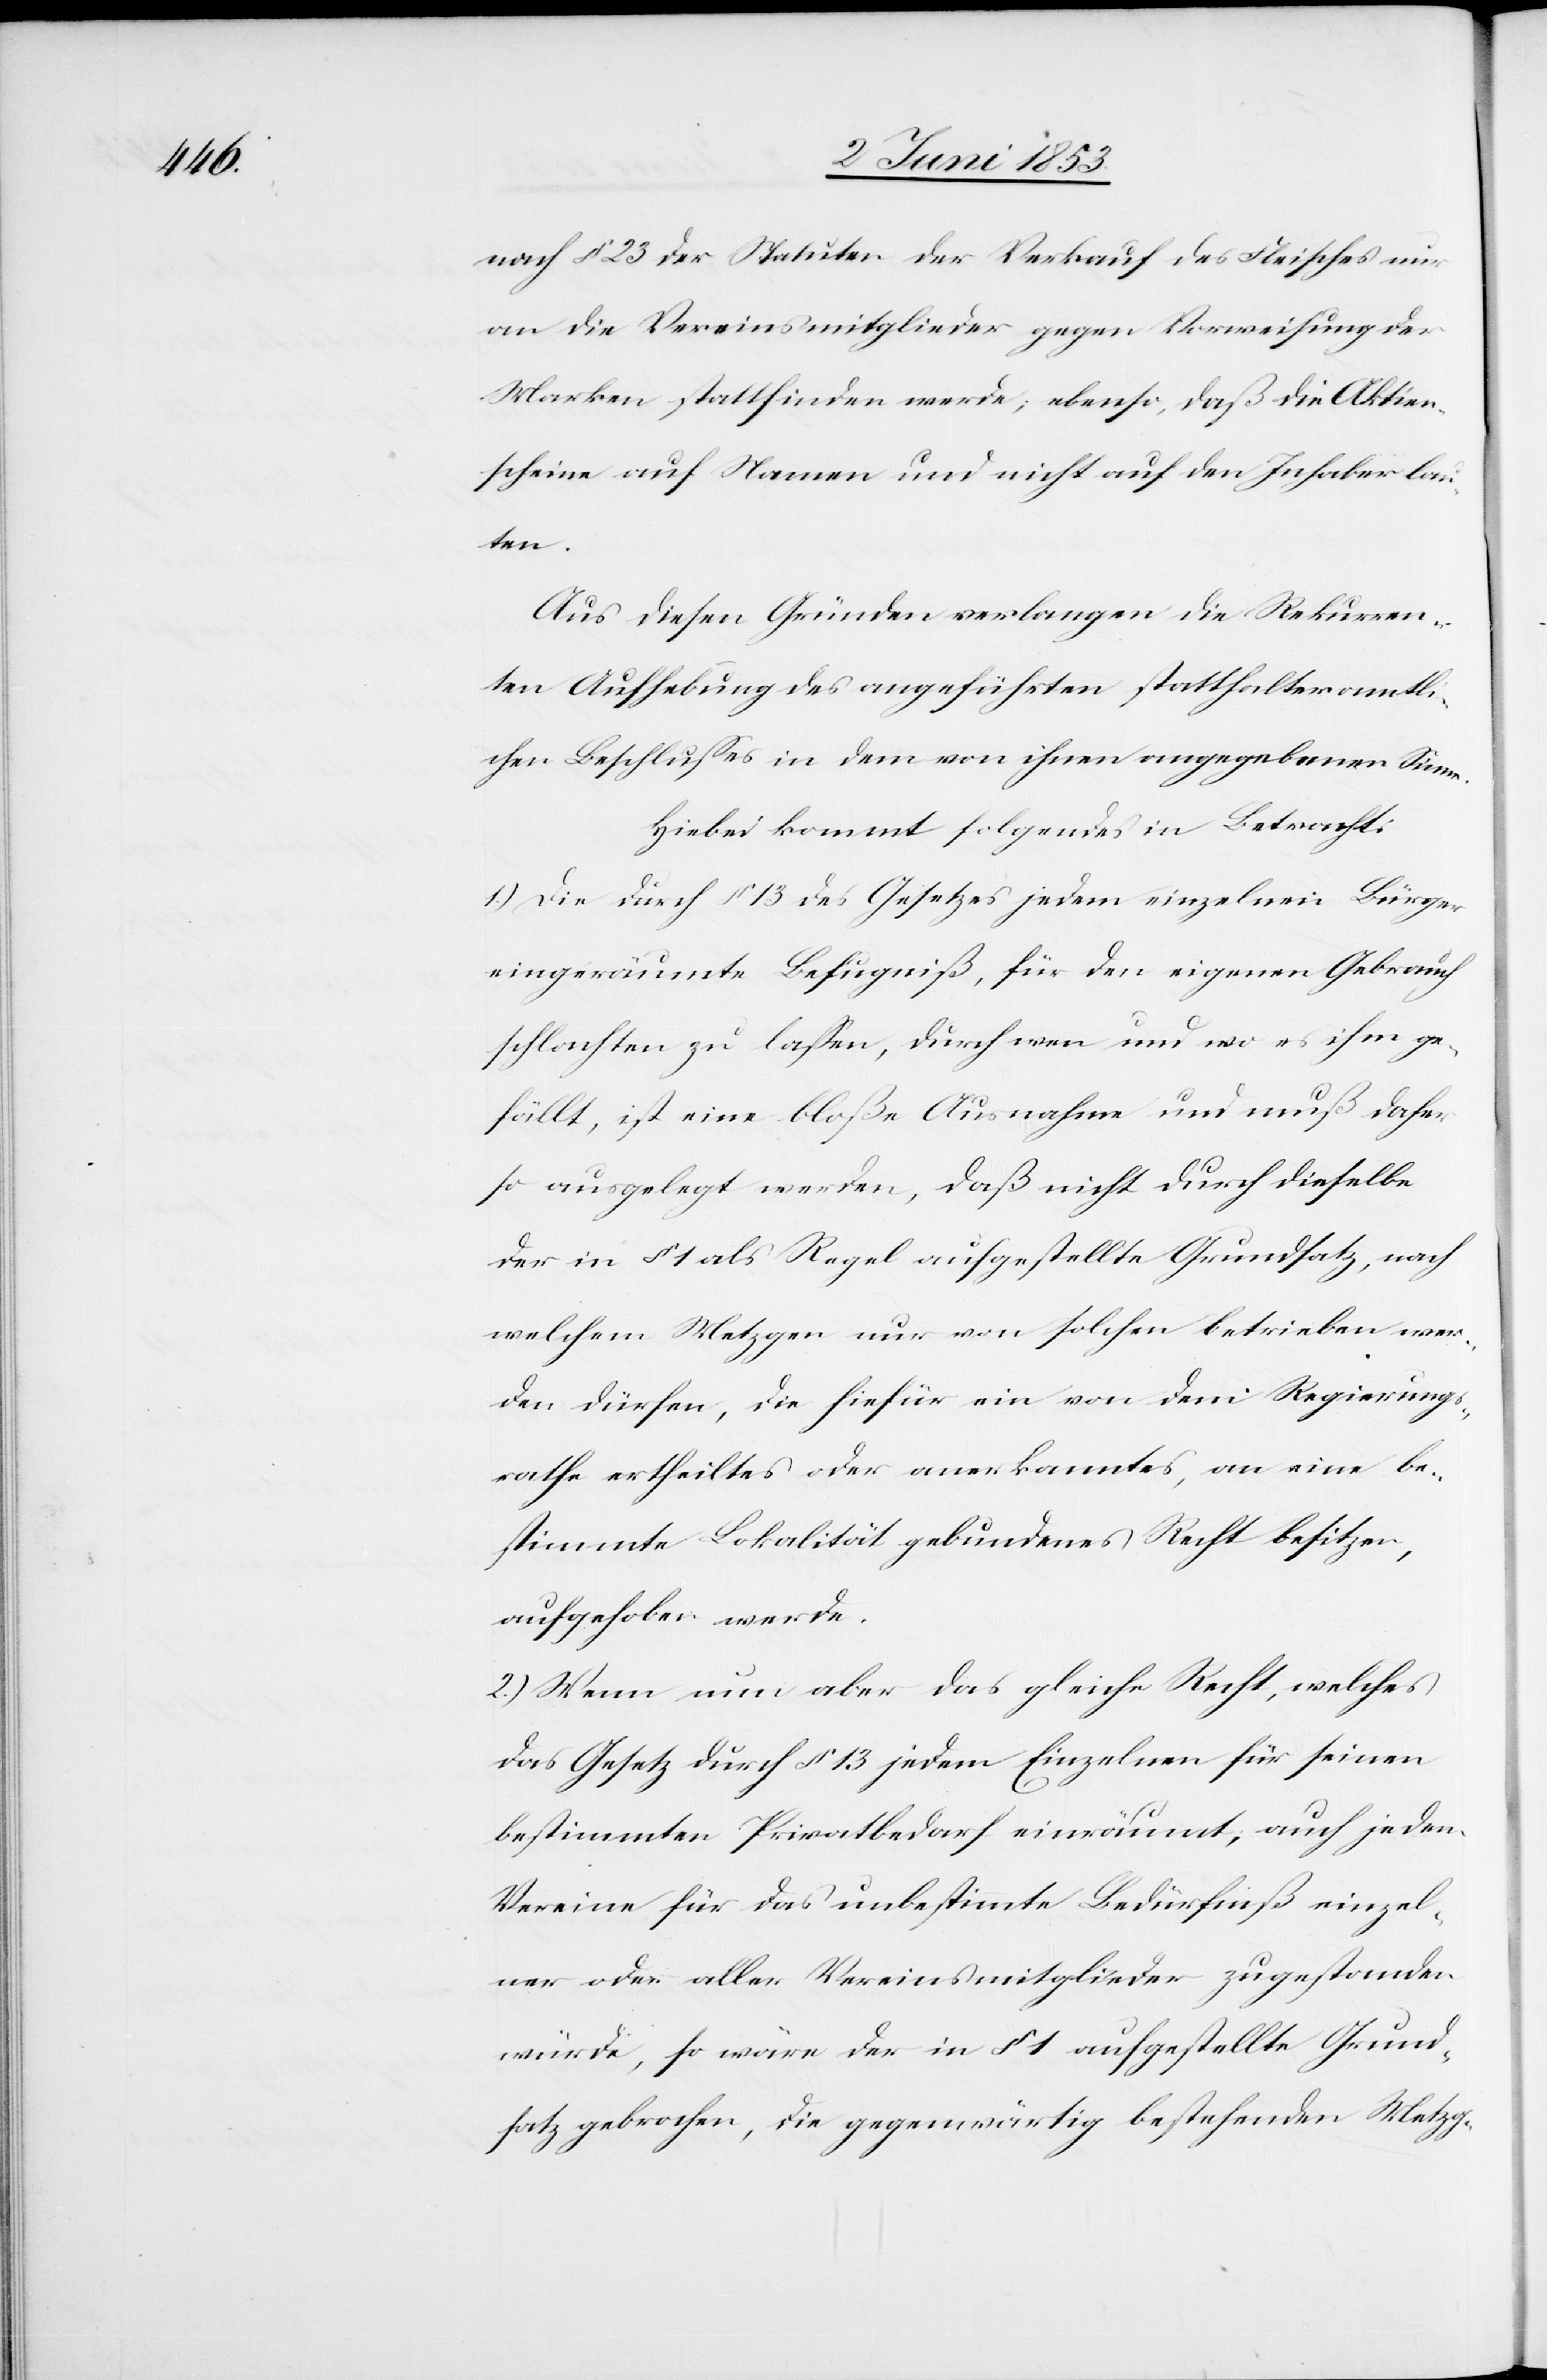
nach § 23 der Statuten der Verkauf des Fleisches nur
an die Vereinsmitglieder gegen Vorweisung der
Marken stattfinden werde; ebenso, daß die Aktien¬
schein auf Namen und nicht auf den Inhaber lau¬
ten.
Aus diesen Gründen verlangen die Rekurren¬
ten Aufhebung des angeführten statthalteramtl¬
ichen Beschlußes in dem von ihnen angegebenen Sinne.
Hiebei kommt folgendes in Betracht:
1.) Die durch § 13 des Gesetzes jedem einzelnen Bürger
eingeräumte Befugniß, für den eigenen Gebrauch
schlachten zu laßen, durch wen und wo es ihm ge¬
fällt, ist eine bloße Ausnahme und muß daher
so ausgelegt werden, daß nicht durch dieselbe
der in § 1 als Regel aufgestellte Grundsatz, nach
welchem Metzgen nur von solchen betrieben wer¬
den dürfen, die hiefür ein von dem Regierungs¬
rathe ertheiltes oder anerkanntes, an eine be¬
stimmte Lokalität gebundenes Recht besitzen,
aufgehoben werde.
2.) Wenn nun aber das gleiche Recht, welches
das Gesetz durch § 13 jedem Einzelnen für seinen
bestimmten Privatbedarf einräumt, auch jedem
Verein für das unbestimmte Bedürfniß einzel¬
ner oder aller Vereinsmitglieder zugestanden
würde, so wäre der in § 1 aufgestellte Grund¬
satz gebrochen, die gegenwärtig bestehenden Metzg-